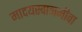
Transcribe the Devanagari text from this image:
मादयस्वानमीवा